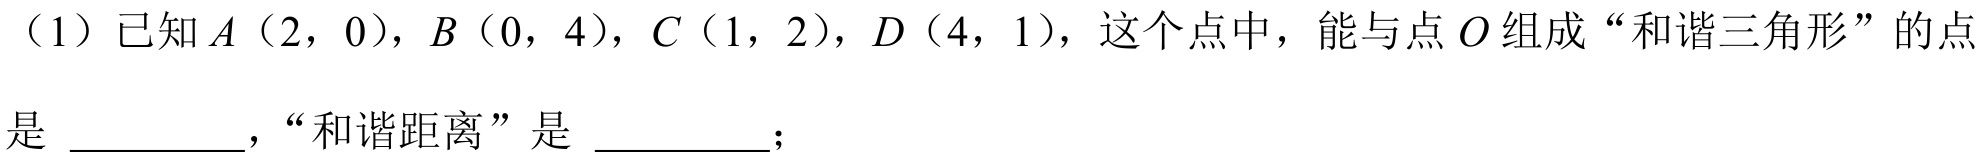
（1）已知$A（2，0），B（0，4），C（1，2），D（4，1）$，这个点中，能与点$O$组成“和谐三角形”的点是 \_\_\_\_\_ ，“和谐距离”是 \_\_\_\_\_ ；